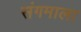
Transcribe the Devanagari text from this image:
संगमाला